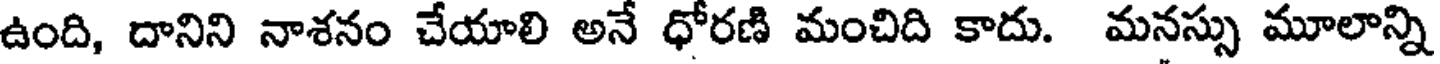
ఉంది, దానిని నాశనం చేయాలి అనే ధోరణి మంచిది కాదు. మనస్సు మూలాన్ని